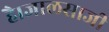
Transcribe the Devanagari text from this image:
है।जालसाजी